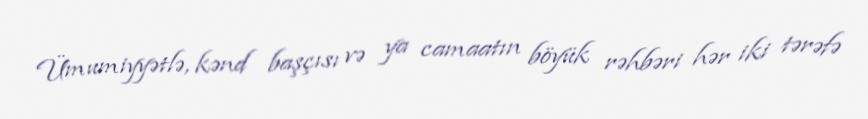
Ümumiyyətlə, kənd başçısı və ya camaatın böyük rəhbəri hər iki tərəfə